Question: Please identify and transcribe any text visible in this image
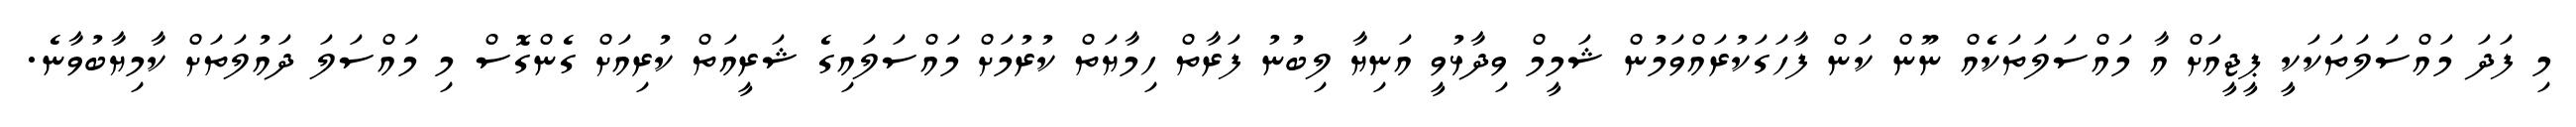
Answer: މި ފަދަ މައްސަލަތަކަކީ ޕީޖީއަށް އާ މައްސަލަތަކެއް ނޫން ކަން ފާހަގަކުރައްވަމުން ޝަމީމް ވިދާޅުވީ އަނިޔާ ލިބުނު ފަރާތް ހިމާޔަތް ކުރުމަށް މައްސަލައިގެ ޝަރީއަތް ކުރިއަށް ގެންގޮސް މި މައްސަލަ ދައުލަތަށް ކާމިޔާބުވާނެ.